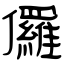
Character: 儸